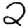
Digit: 2